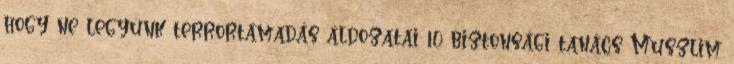
hogy ne legyünk terrortámadás áldozatai 10 biztonsági tanács Muszlim